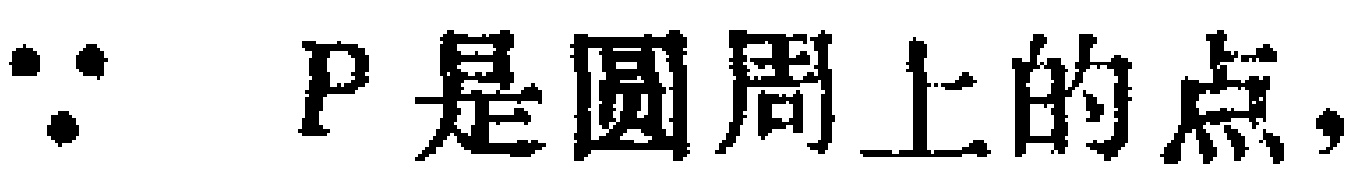
$\because$ \(P\) 是圆周上的点，